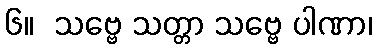
၆။  သဗ္ဗေ သတ္တာ သဗ္ဗေ ပါဏာ၊